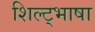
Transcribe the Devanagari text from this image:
शिल्ट्भाषा